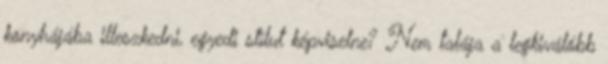
konyhájába illeszkedni, egyedi stílut képviselne? Nem talája a legkiválóbb